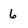
Character: 6